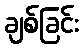
ချစ်ခြင်း